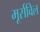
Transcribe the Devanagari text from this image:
मूर्सविल